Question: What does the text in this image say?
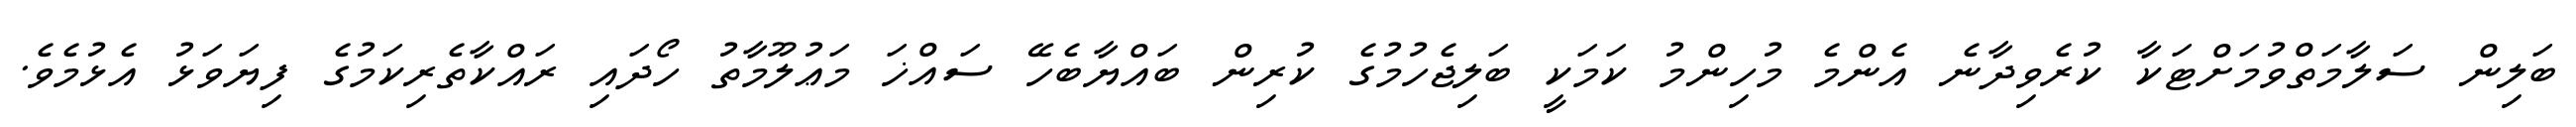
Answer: ބަލިން ސަލާމަތްވުމަށްޓަކާ ކުރެވިދާނެ އެންމެ މުހިންމު ކަމަކީ ބަލިޖެހުމުގެ ކުރިން ބައްޔާބެހޭ ސައްޚަ މަޢުލޫމާތު ހޯދައި ރައްކާތެރިކަމުގެ ފިޔަވަޅު އެޅުމެވެ.